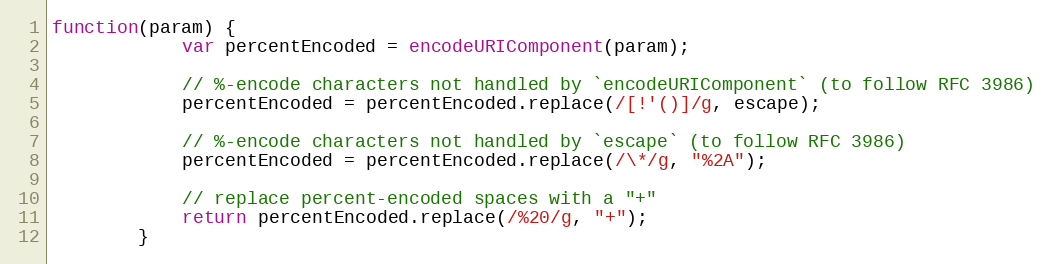
Language: JavaScript
function(param) {
            var percentEncoded = encodeURIComponent(param);

            // %-encode characters not handled by `encodeURIComponent` (to follow RFC 3986)
            percentEncoded = percentEncoded.replace(/[!'()]/g, escape);

            // %-encode characters not handled by `escape` (to follow RFC 3986)
            percentEncoded = percentEncoded.replace(/\*/g, "%2A");

            // replace percent-encoded spaces with a "+"
            return percentEncoded.replace(/%20/g, "+");
        }